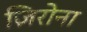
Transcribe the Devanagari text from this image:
ज़िरोना